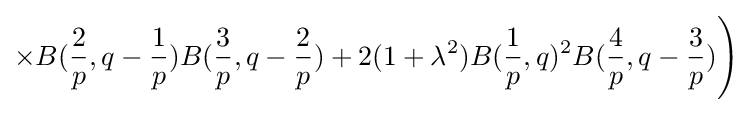
\times B({\frac {2}{p}},q-{\frac {1}{p}})B({\frac {3}{p}},q-{\frac {2}{p}})+2(1+\lambda ^{2})B({\frac {1}{p}},q)^{2}B({\frac {4}{p}},q-{\frac {3}{p}}){\Bigg )}